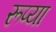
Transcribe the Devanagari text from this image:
रूप्या